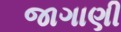
જાગાણી